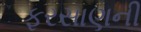
ફરસાણની